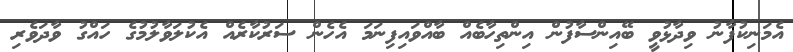
އެމަނިކުފާނު ވިދާޅުވީ ބޭއިންސާފުން އިންތިހާބެއް ބާއްވައިފިނަމަ އެހެން ސަރުކާރެއް އެކުލަވާލުމުގެ ހައްގު ވާދަވެރި